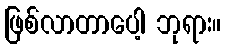
ဖြစ်လာတာပေါ့ ဘုရား။